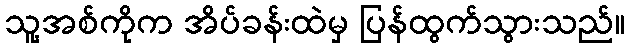
သူ့အစ်ကိုက အိပ်ခန်းထဲမှ ပြန်ထွက်သွားသည်။